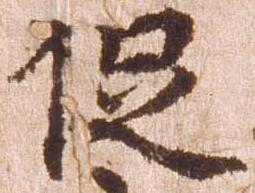
促